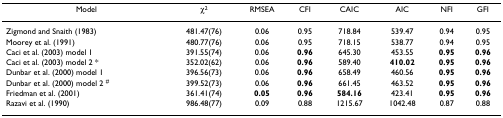
<table><thead><tr><td><b>Model</b></td><td><b>χ<sup>2</sup></b></td><td><b>RMSEA</b></td><td><b>CFI</b></td><td><b>CAIC</b></td><td><b>AIC</b></td><td><b>NFI</b></td><td><b>GFI</b></td></tr></thead><tbody><tr><td>Zigmond and Snaith (1983)</td><td>481.47(76)</td><td>0.06</td><td>0.95</td><td>718.84</td><td>539.47</td><td>0.94</td><td>0.95</td></tr><tr><td>Moorey et al. (1991)</td><td>480.77(76)</td><td>0.06</td><td>0.95</td><td>718.15</td><td>538.77</td><td>0.94</td><td>0.95</td></tr><tr><td>Caci et al. (2003) model 1</td><td>391.55(74)</td><td>0.06</td><td><b>0.96</b></td><td>645.30</td><td>453.55</td><td><b>0.95</b></td><td><b>0.96</b></td></tr><tr><td>Caci et al. (2003) model 2 *</td><td>352.02(62)</td><td>0.06</td><td><b>0.96</b></td><td>589.40</td><td><b>410.02</b></td><td><b>0.95</b></td><td><b>0.96</b></td></tr><tr><td>Dunbar et al. (2000) model 1</td><td>396.56(73)</td><td>0.06</td><td><b>0.96</b></td><td>658.49</td><td>460.56</td><td><b>0.95</b></td><td><b>0.96</b></td></tr><tr><td>Dunbar et al. (2000) model 2 <sup>#</sup></td><td>399.52(73)</td><td>0.06</td><td><b>0.96</b></td><td>661.45</td><td>463.52</td><td><b>0.95</b></td><td><b>0.96</b></td></tr><tr><td>Friedman et al. (2001)</td><td>361.41(74)</td><td><b>0.05</b></td><td><b>0.96</b></td><td><b>584.16</b></td><td>423.41</td><td><b>0.95</b></td><td><b>0.96</b></td></tr><tr><td>Razavi et al. (1990)</td><td>986.48(77)</td><td>0.09</td><td>0.88</td><td>1215.67</td><td>1042.48</td><td>0.87</td><td>0.88</td></tr></tbody></table>